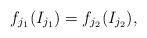
LaTeX: \begin{align*}f_{j_1}(I_{j_1})=f_{j_2}(I_{j_2}), \end{align*}